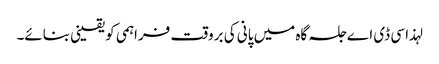
لہذا سی ڈی اے جلسہ گاہ میں پانی کی بروقت فراہمی کو یقینی بنائے۔